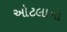
ઓટલાના